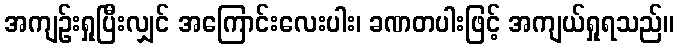
အကျဉ်းရှုပြီးလျှင် အကြောင်းလေးပါး၊ ခဏတပါးဖြင့် အကျယ်ရှုရသည်။